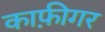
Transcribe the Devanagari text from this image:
काफ़ीगर